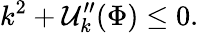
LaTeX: k^{2}+\mathcal{U}_{k}^{\prime\prime}(\Phi)\le0.